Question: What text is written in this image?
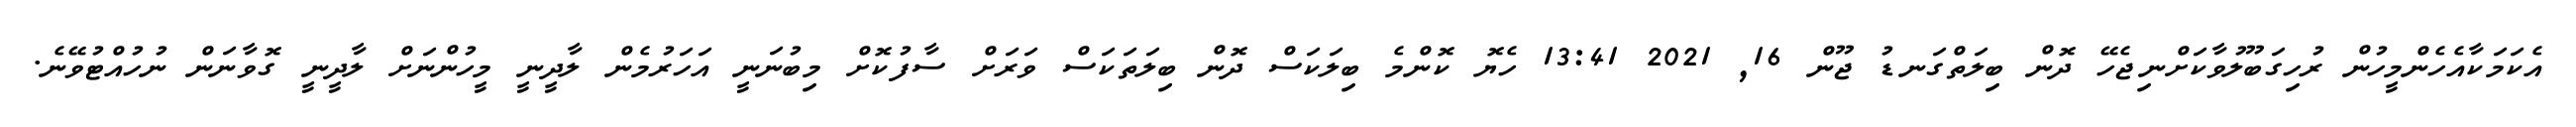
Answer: އެކަމަކާއެހެންމީހުން ރުހިގަބޫލުވާކަށްނިޖެހޭ ދޮން ބިލަތްގަނޑު ޖޫން 16, 2021 13:41 ހެޔޮ ކޮންމެ ބިލަކަސް ދޮން ބިލަތަކަސް ވަރަށް ސާފުކޮށް މިބުނަނީ އަހަރުމެން ލާދީނީ މީހުންނަށް ލާދީނީ ގޮވާނަން ނުހުއްޓުވޭނެ.